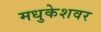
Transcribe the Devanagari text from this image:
मधुकेशवर